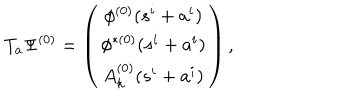
T _ { a } \Psi ^ { ( 0 ) } = \left( \begin{array} { c } { { \phi ^ { ( 0 ) } ( s ^ { i } + a ^ { i } ) } } \\ { { \phi ^ { \ast ( 0 ) } ( s ^ { i } + a ^ { i } ) } } \\ { { A _ { k } ^ { ( 0 ) } ( s ^ { i } + a ^ { i } ) } } \\ \end{array} \right) ,